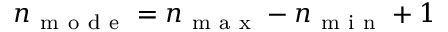
n _ { \mathrm { ~ m ~ o ~ d ~ e ~ } } = n _ { \mathrm { ~ m ~ a ~ x ~ } } - n _ { \mathrm { ~ m ~ i ~ n ~ } } + 1